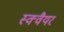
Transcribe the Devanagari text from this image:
स्‍क्‍वैयर